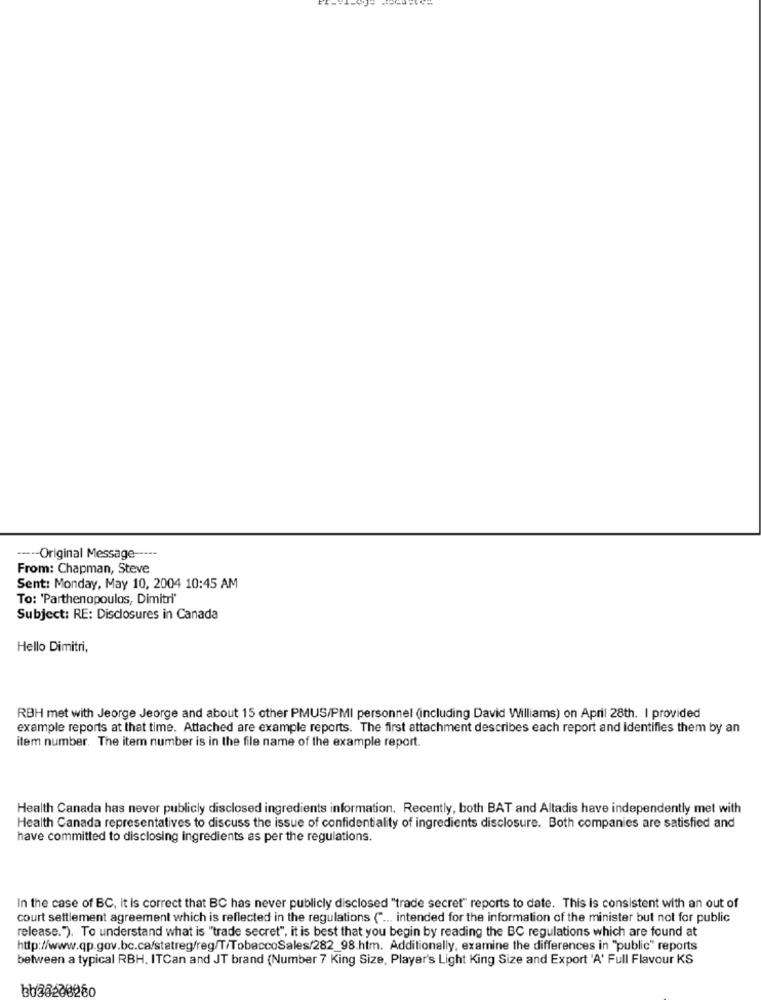
----- Original Message -----
From: Chapman, Steve
Sent: Monday, May 10, 2004 10:45 AM
To: 'Parthenopoulos, Dimitri"
Subject: RE: Disclosures in Canada
Hello Dimitri,
RBH met with Jeorge Jeorge and about 15 other PMUS/PMI personnel (including David Williams) on April 28th. I provided
example reports at that time. Attached are example reports. The first attachment describes each report and Identifies them by an
item number. The item number is in the file name of the example report.
Health Canada has never publicly disclosed ingredients information. Recently, both BAT and Altadis have independently met with
Health Canada representatives to discuss the issue of confidentiality of ingredients disclosure. Both companies are satisfied and
have committed to disclosing ingredients as per the regulations.
In the case of BC, it is correct that BC has never publicly disclosed "trade secret" reports to date. This is consistent with an out of
court settlement agreement which is reflected in the regulations (" ... intended for the information of the minister but not for public
release."). To understand what is "trade secret", it is best that you begin by reading the BC regulations which are found at
http://www.qp.gov.bc.ca/statreg/reg/T/TobaccoSales/282_98.htm. Additionally, examine the differences in "public" reports
between a typical RBH. ITCan and JT brand (Number 7 King Size, Player's Light King Size and Export 'A' Full Flavour KS
bb26280280